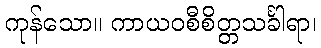
ကုန်သော။ ကာယဝစီစိတ္တသင်္ခါရာ၊